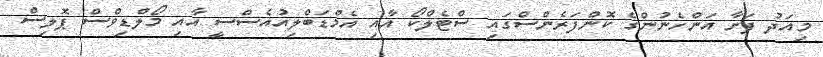
މިއަދު ފަށާ އަންހެނުންގެ ކޮންފަރެންސްގައި ސްޓެލްކޯ އާއި އެމްޑަބްލިއުއެސްސީ އާއި މޯލްޑިވްސް ޕޮލިސް